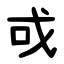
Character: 戓